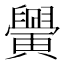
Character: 𦦴